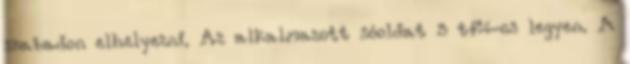
szabadon elhelyezni. Az alkalmazott sóoldat 5 tf%-os legyen. A